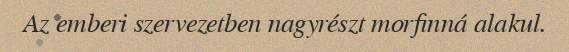
Az emberi szervezetben nagyrészt morfinná alakul.